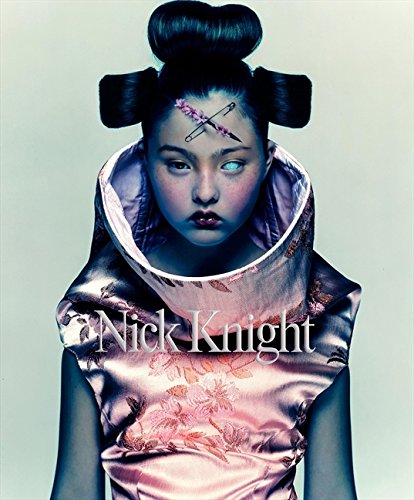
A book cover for Nick Knight; Nick Knight; Humor & Entertainment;